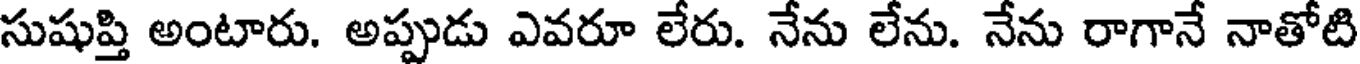
సుషుప్తి అంటారు. అప్పుడు ఎవరూ లేరు. నేను లేను. నేను రాగానే నాతోటి